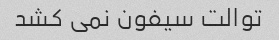
توالت سیفون نمی کشد